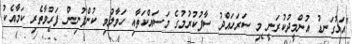
"އަޅުގަނޑު އުންމީދުކުރަނީ މި ސަރަހައްދު ސާފުކުރުމުގެ މަސައްކަތާއި ހަވާލުވި ކުންފުނިން ފަރުވާތެރި ކަމާއެކު